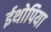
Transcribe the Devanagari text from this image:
ईथोपिया